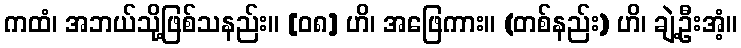
ကထံ၊ အဘယ်သို့ဖြစ်သနည်း။ [၀၈] ဟိ၊ အဖြေကား။ (တစ်နည်း) ဟိ၊ ချဲ့ဦးအံ့။